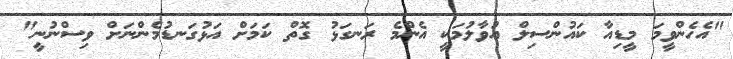
"އެހެންވީމަ މީޑިއާ ކައުންސިލް އުވާލުމަކީ އެންމެ ރަނގަޅު ގޮތް ކަމަށް އަޅުގަނޑުމެންނަށް ވިސްނުނީ"